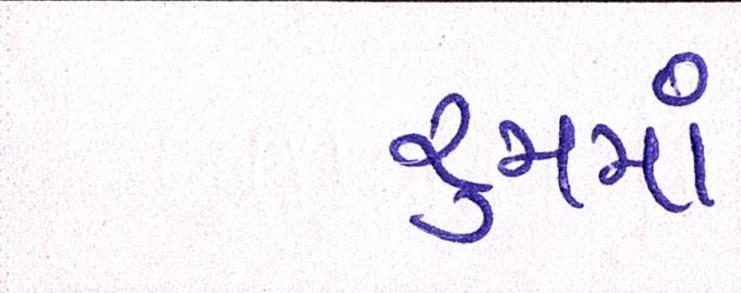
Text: રૃમમાં